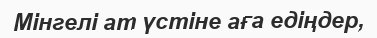
Мінгелі ат үстіне аға едіңдер,